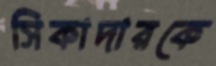
সিকাদারকে